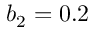
b _ { 2 } = 0 . 2